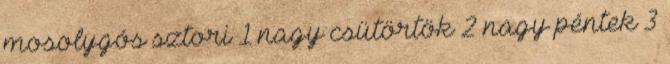
mosolygós sztori 1 nagy csütörtök 2 nagy péntek 3